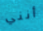
أنني